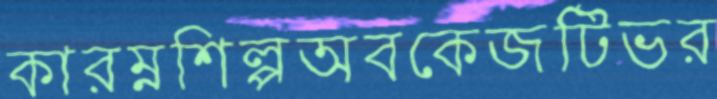
কারম্নশিল্পঅবকেজটিভর